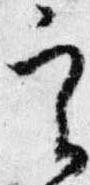
実